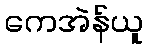
ကေအဲန်ယူ